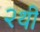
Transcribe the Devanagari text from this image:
२थी